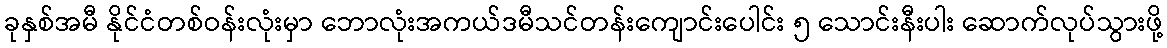
ခုနှစ်အမီ နိုင်ငံတစ်ဝန်းလုံးမှာ ဘောလုံးအကယ်ဒမီသင်တန်းကျောင်းပေါင်း ၅ သောင်းနီးပါး ဆောက်လုပ်သွားဖို့